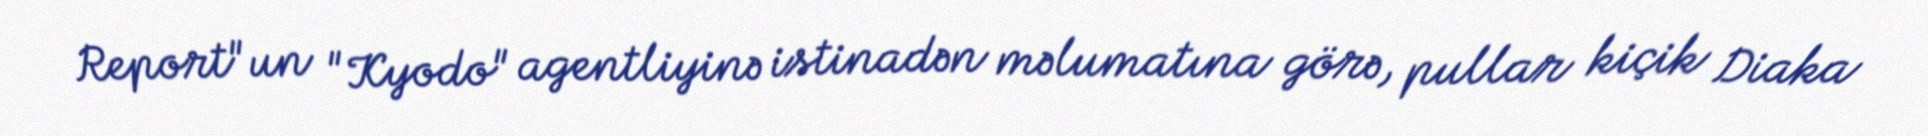
Report"un "Kyodo" agentliyinə istinadən məlumatına görə, pullar kiçik Diaka